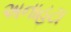
અનાહટા